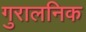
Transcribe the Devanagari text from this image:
गुरालनिक